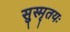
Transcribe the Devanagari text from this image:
सुस्मृतयः